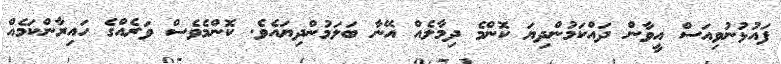
ފައުޅުނުވިއަސް އީވާން ދައްކަމުންދިޔަ ކޮންމެ ދިމާލެއް އޭނާ ބަލަމުންދިޔައެވެ. ކޮންމެވެސް ވަރެއްގެ ހައިރާންކަމެއް